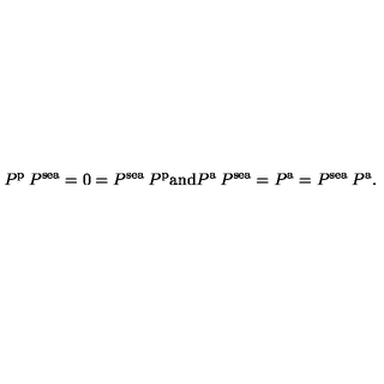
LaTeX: P ^ { \mathrm { \scriptsize { p } } } \: P ^ { \mathrm { \scriptsize { s e a } } } = 0 = P ^ { \mathrm { \scriptsize { s e a } } } \: P ^ { \mathrm { \scriptsize { p } } } { \mathrm { a n d } } P ^ { \mathrm { \scriptsize { a } } } \: P ^ { \mathrm { \scriptsize { s e a } } } = P ^ { \mathrm { \scriptsize { a } } } = P ^ { \mathrm { \scriptsize { s e a } } } \: P ^ { \mathrm { \scriptsize { a } } } .